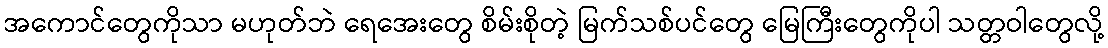
အကောင်တွေကိုသာ မဟုတ်ဘဲ ရေအေးတွေ စိမ်းစိုတဲ့ မြက်သစ်ပင်တွေ မြေကြီးတွေကိုပါ သတ္တဝါတွေလို့